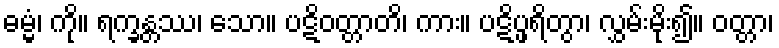
ဓမ္မံ၊ ကို။ ရက္ခန္တဿ၊ သော။ ပဋိဝတ္တာတိ၊ ကား။ ပဋိပ္ဖရိတွာ၊ လွှမ်းမိုး၍။ ဝတ္တာ၊